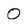
Character: 0